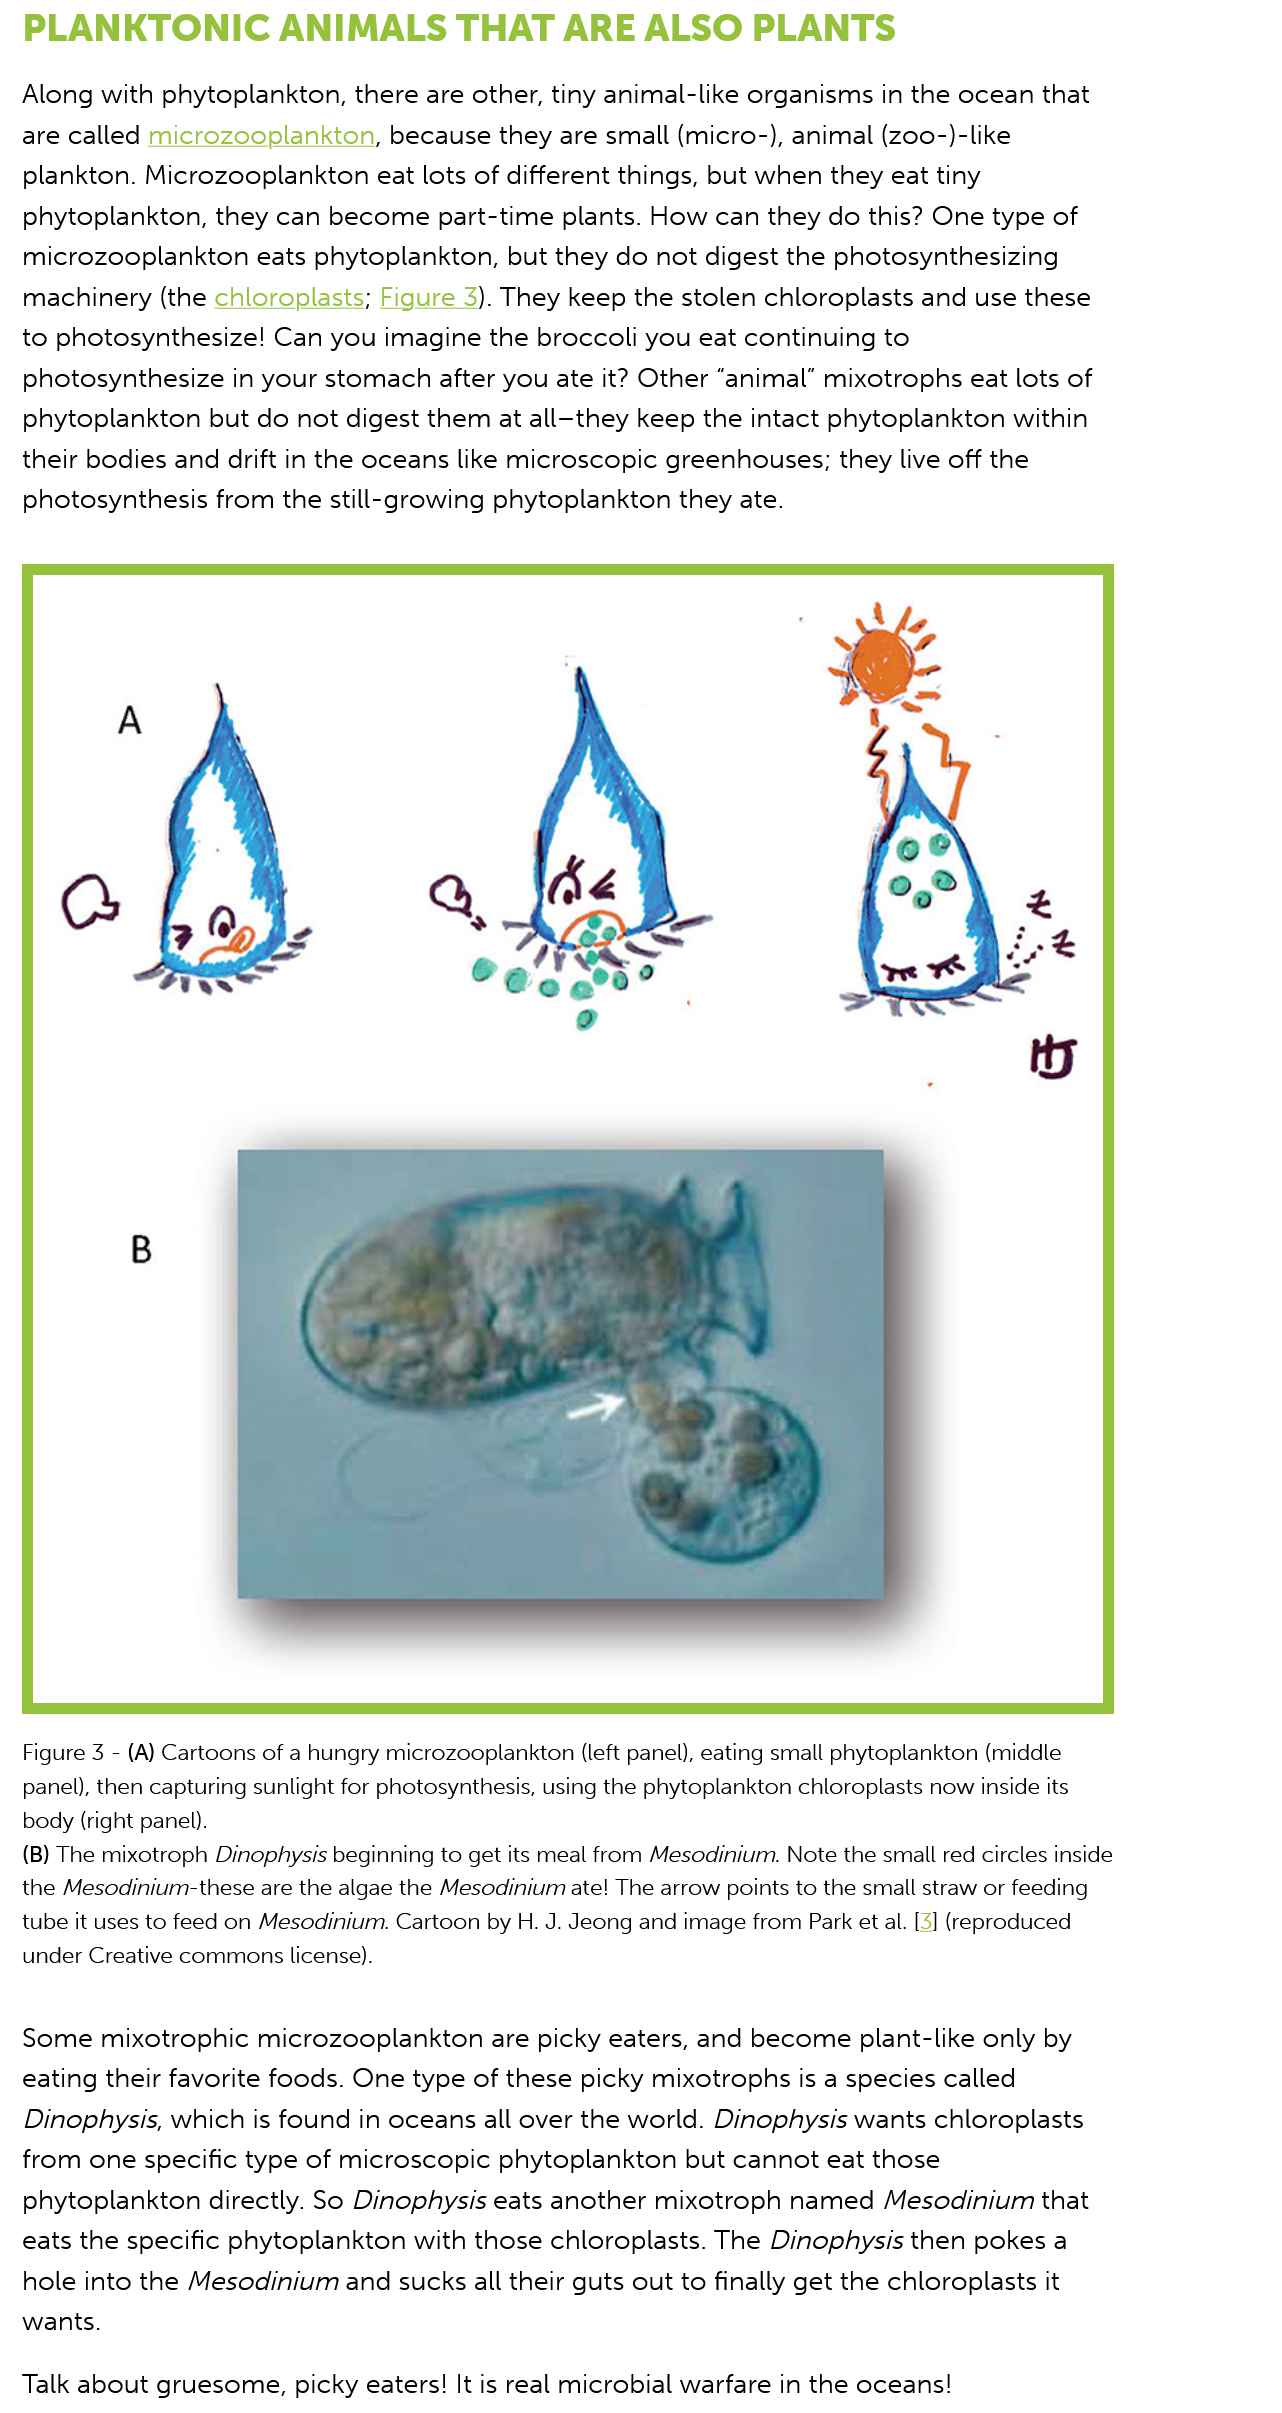
PLANKTONIC    ANIMALS    THAT    ARE    ALSO    PLANTS
  Along  with  phytoplankton,  there  are other, tiny animal-like organisms in  the ocean  that
   are called microzooplankton,    because  they are small  (micro-), animal (Zoo-)-like
   plankton. Microzooplankton   eat lots  of different things, but when  they eat tiny
   phytoplankton,  they  can become  part-time    plants. How  can they  do this? One type  of
   microzooplankton    eats phytoplankton,   but they do  not digest the photosynthesizing
   machinery (the  chloroplasts;  Figure  3). They keep the stolen chloroplasts  and  use these
   to photosynthesize!  Can  you  imagine  the broccoli  you  eat continuing  to
   photosynthesize   in your stomach after  you  ate it? Other “animal” mixotrophs eat   lots of
   phytoplankton   but do  not digest them  at all-they keep  the intact phytoplankton   within
   their bodies and drift in the oceans  like microscopic  greenhouses;   they live off the
   photosynthesis  from  the still-growing  phytoplankton   they ate.

   Figure 3
     -
     (A) Cartoons of a hungry microzooplankton (left panel), eating small phytoplankton (middle
   panel), then capturing sunlight for photosynthesis, using the phytoplankton chloroplasts now inside its
   body (right panel).
   (B) The mixotroph Dinophysis beginning to get its meal from Mesodinium. Note the small red circles inside
   the Mesodinium-these are the algae the Mesodinium ate! The arrow points to the small straw or feeding
   tube it uses to feed on Mesodinium. Cartoon by H. J. Jeong and image from Park et al. [3] (reproduced
   under Creative commons license).
   Some  mixotrophic   microzooplankton    are picky  eaters, and become  plant-like  only  by
   eating their favorite foods. One type  of these picky mixotrophs is  a species  called
   Dinophysis, which   is found in oceans all over the world.  Dinophysis  wants  chloroplasts
   from one specific  type of microscopic   phytoplankton   but cannot eat   those
   phytoplankton   directly. So Dinophysis  eats another  mixotroph  named    Mesodinium   that
   eats the specific phytoplankton   with those  chloroplasts. The  Dinophysis  then pokes  a
   hole into the Mesodinium    and sucks all their guts out to finally get the chloroplasts it
   wants.
  Talk about  gruesome,  picky  eaters! It is real microbial warfare in the oceans!